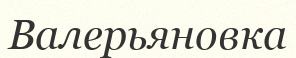
Валерьяновка